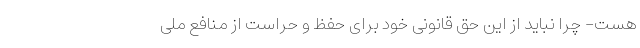
هست- چرا نباید از این حق قانونی خود برای حفظ و حراست از منافع ملی